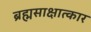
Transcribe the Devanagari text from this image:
ब्रह्मसाक्षात्कार